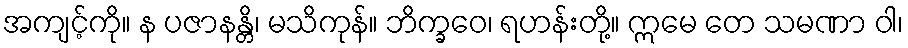
အကျင့်ကို။ န ပဇာနန္တိ၊ မသိကုန်။ ဘိက္ခဝေ၊ ရဟန်းတို့။ ဣမေ တေ သမဏာ ဝါ၊